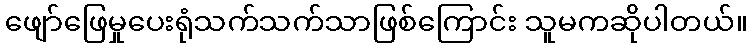
ဖျော်ဖြေမှုပေးရုံသက်သက်သာဖြစ်ကြောင်း သူမကဆိုပါတယ်။